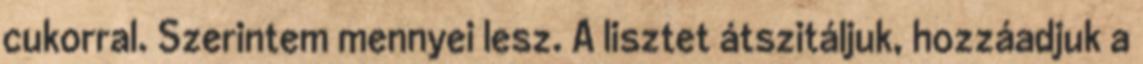
cukorral. Szerintem mennyei lesz. A lisztet átszitáljuk, hozzáadjuk a